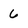
Character: 6